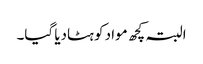
البتہ کچھ مواد کو ہٹادیا گیا۔